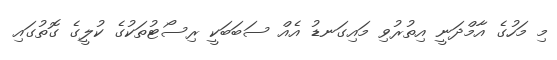
މި މަހުގެ އާމްދަނީ އިތުރުވި މައިގަނޑު އެއް ސަބަބަކީ ރިސޯޓުތަކުގެ ކުލީގެ ގޮތުގައި